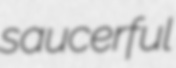
saucerful